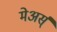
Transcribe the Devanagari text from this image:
मेअर्स्